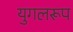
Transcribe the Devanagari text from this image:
युगलरूप